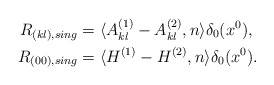
\begin{align*} R_{(kl),sing} & = \langle A^{(1)}_{kl} - A^{(2)}_{kl}, n \rangle \delta_0(x^0), \\R_{(00),sing} & = \langle H^{(1)} - H^{(2)}, n \rangle \delta_0(x^0). \end{align*}